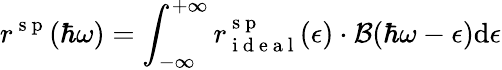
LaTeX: r^{\mathrm{~s~p~}}(\hbar\omega)=\int_{-\infty}^{+\infty}r_{\mathrm{~i~d~e~a~l~}}^{\mathrm{~s~p~}}(\epsilon)\cdot\mathcal{B}(\hbar\omega-\epsilon)\mathrm{d}\epsilon